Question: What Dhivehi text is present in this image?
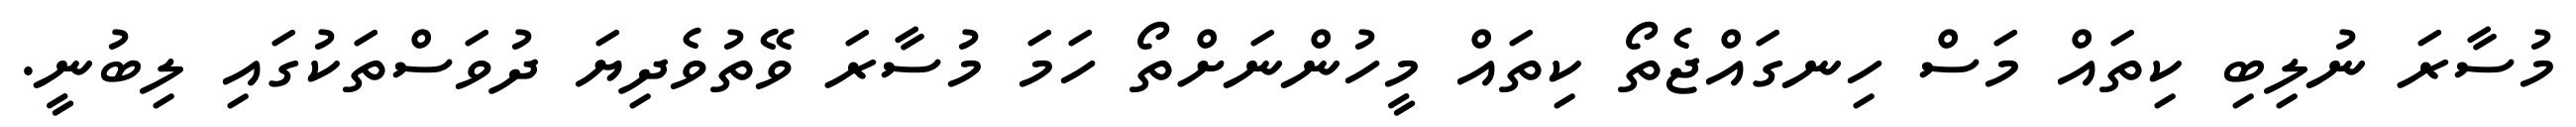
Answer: މުސާރަ ނުލިބި ކިތައް މަސް ހިނގައްޖެތޯ ކިތައް މީހުންނަށްތޯ ހަމަ މުސާރަ ވޭތުވެދިޔަ ދުވަސްތަކުގައި ލިބުނީ.